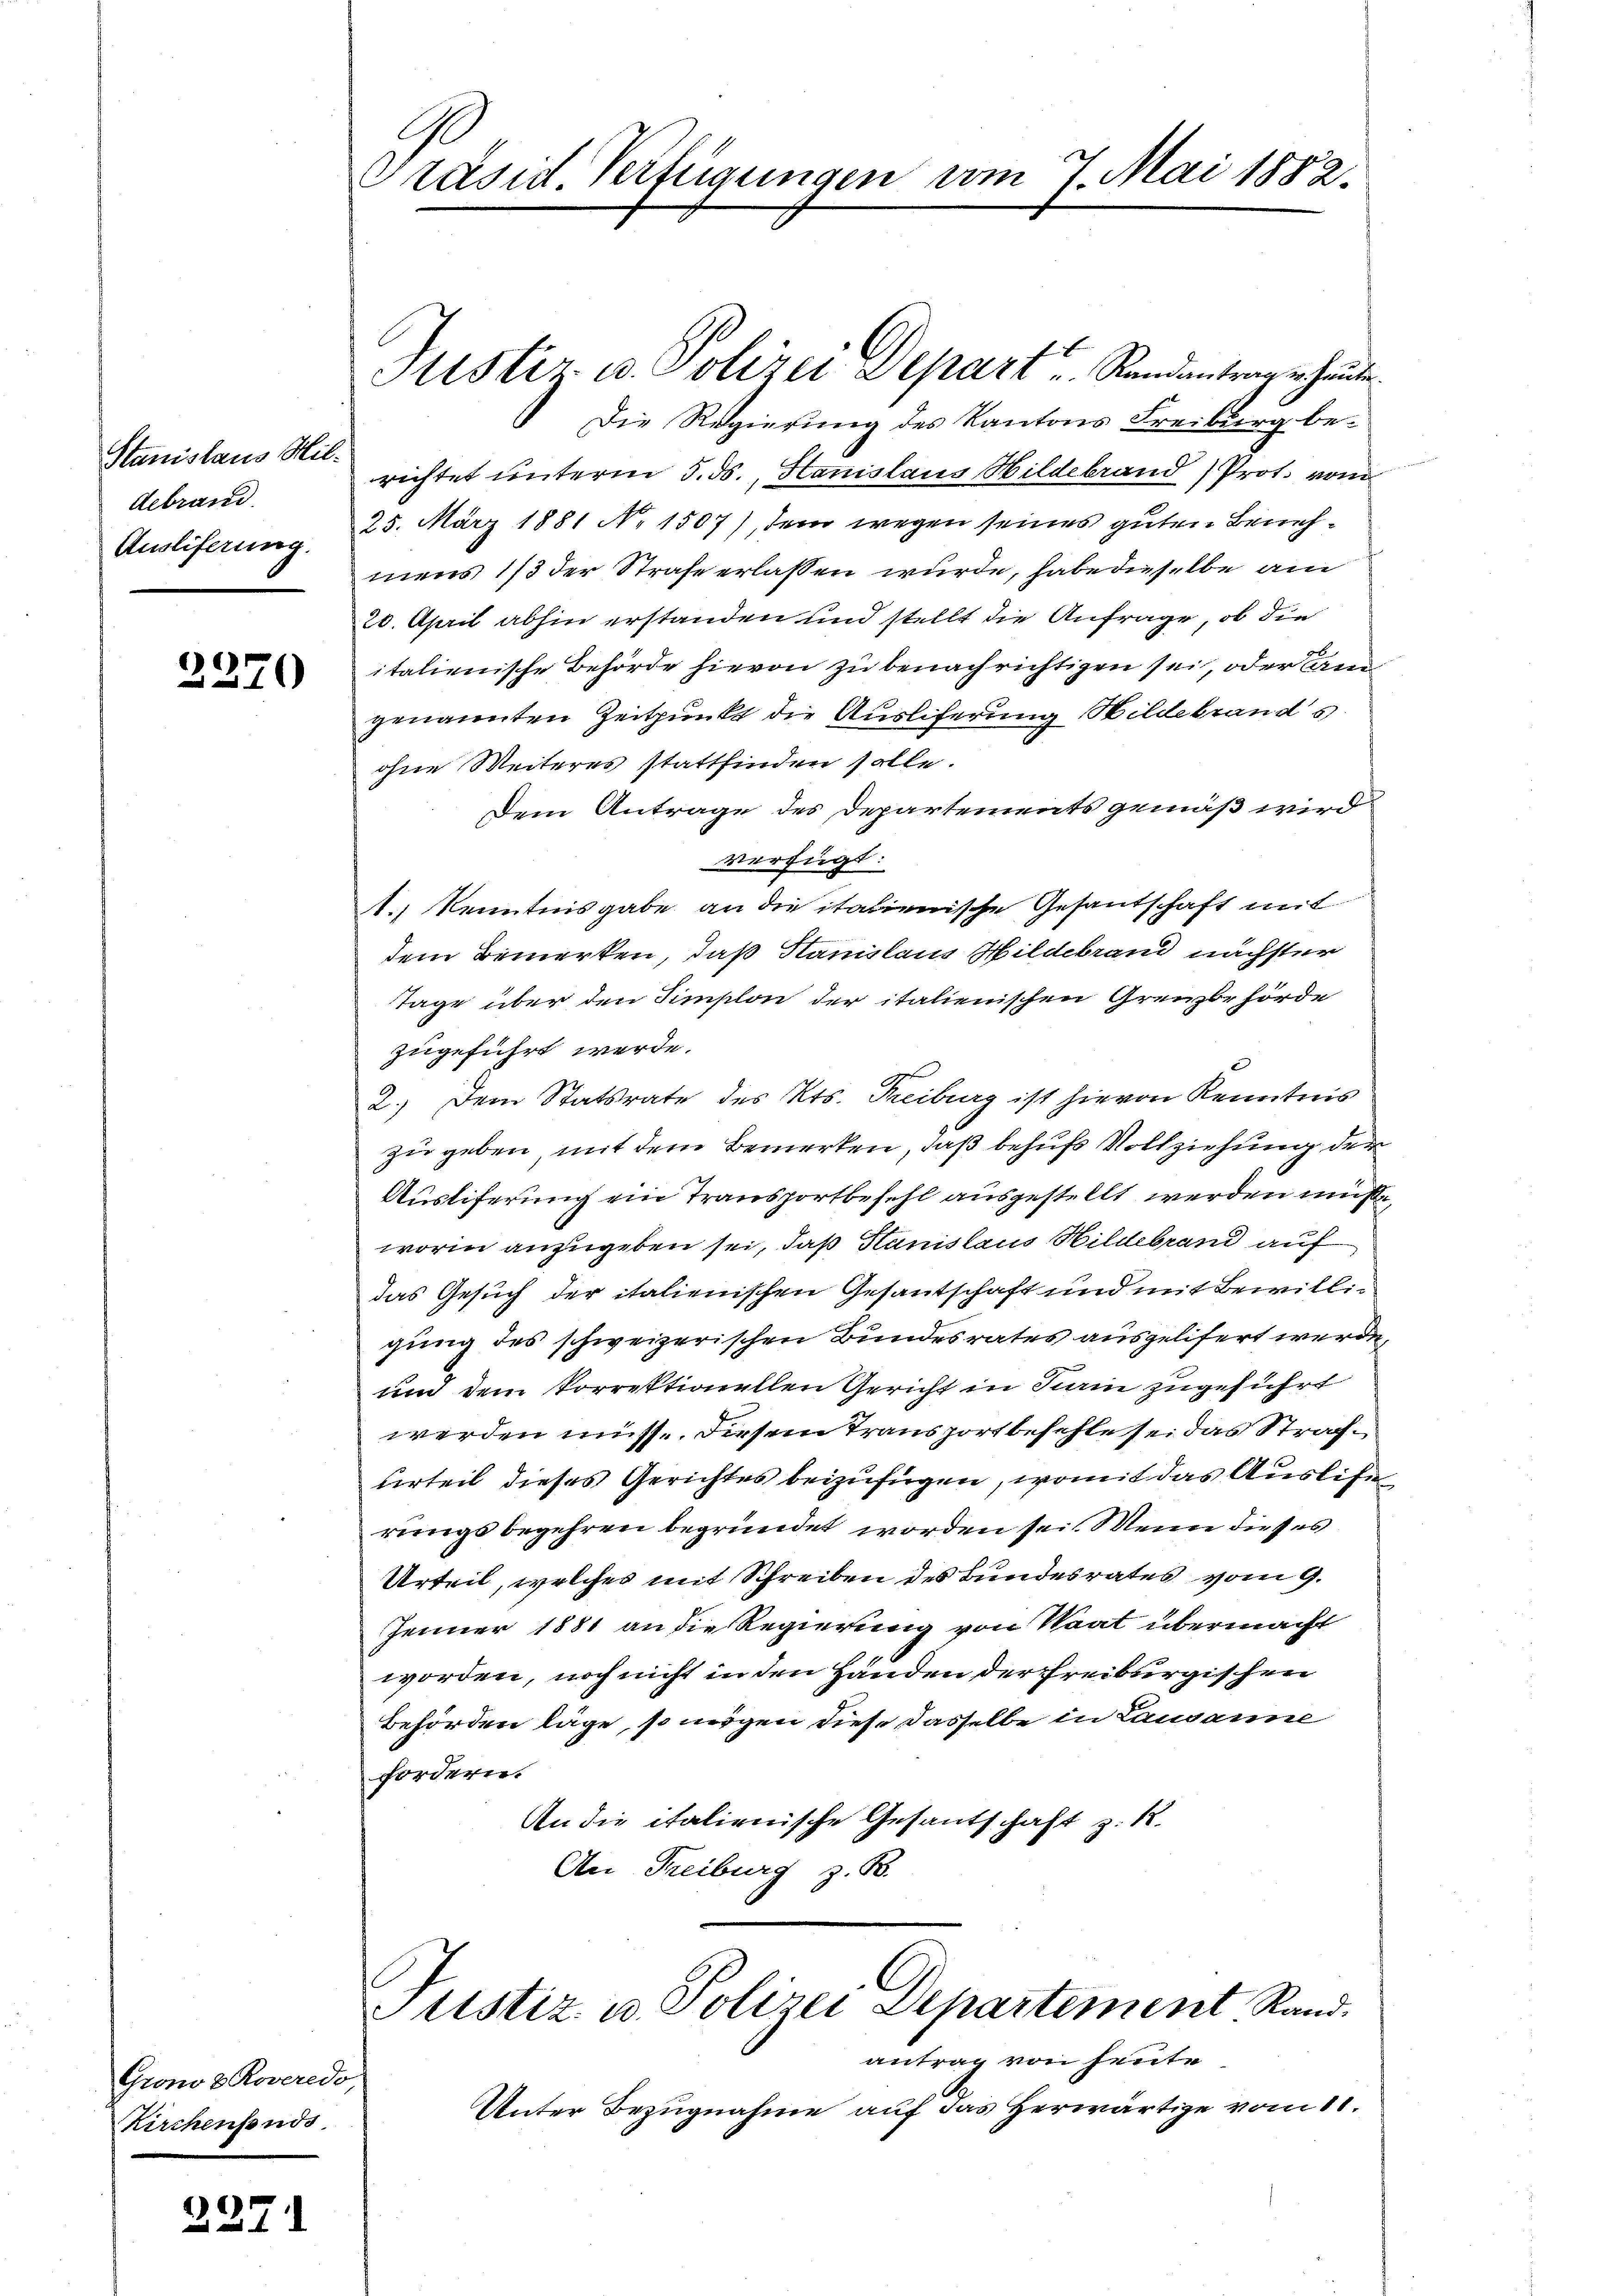
Stanislaus Mildebrand.
Ausliferung.

2370

Grono 3 Roveredo,
Kirchenfonds

2271

Präsid Verfügungen vom 7 Mai 1882.

Die Regierung des Kantons Freiburg be-
richtet unterm 5. ds., Hanislaus Wildebrand Prot. von
25. März 1881 No 1507), dem wegen seines guten Benehmens 1/3 der Strafe erlassen wurde, habe dieselbe am
20. April abhin erstanden und stellt die Anfrage, ob die
italienische Behörde hievon zu benachrichtigen sei, oder An
genannten Zeitpunkt die Auslieferung Wildebrands
ohne Weiteres stattfinden solle.
Dem Antrage des Departements gemäß wird
verfügt:
1.) Kenntnisgabe an die italienische Gesantschaft mit
dem Bemerken, daß Stanislaus Hildebrand nächster
Tage über den Simplon der italienischen Grenzbehörde
zugeführt werde.
2.) Dem Statsrate des Kts. Freiburg ist hievon Kenntnis
zu geben mit dem Bemerken, daß behufs Vollziehung der
Ausliferung ein Transportbefehl ausgestellt werden müße,
worin anzugeben sei, daß Stanislaus Hildebrand auf
das Gesuch der italienischen Gesantschaft und mit Bewilligung des schweizerischen Bundesrates ausgelifert werde,
und dem Vorrektionellen Gericht in Sinn zugeführt
werden müsse. Diesem Transport befehle sei das Strafurteil dieses Gerichtes beizufügen, womit das Auslise
rungsbegehren begründet worden sei. Wenn dieses
Urteil, welches mit Schreiben des Bundesrates vom 9.
Jenner 1881 an die Regierung von Saat übermacht
worden, noch nicht in den Händen der Freiburgischen
Behörden läge, so mögen diese dasselbe in Lausanne
fordern.
An die italienische Gesandschaft z. R.
An Freiburg z. B.

Hister u. Polizei Depart u. Randantragen heute.

C
Justiz- u. Polizei Departement Rand.

antrag von heute
Unter Bezugnahme auf das Herwärtige vom 11.